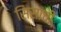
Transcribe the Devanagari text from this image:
सिसाची